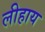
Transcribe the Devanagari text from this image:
लीहाय